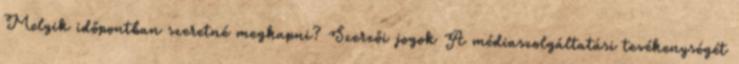
Melyik időpontban szeretné megkapni? Szerzői jogok A médiaszolgáltatási tevékenységét